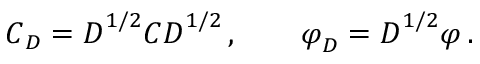
\boldsymbol C _ { D } = \boldsymbol D ^ { 1 / 2 } \boldsymbol C \boldsymbol D ^ { 1 / 2 } \, , \qquad \boldsymbol \varphi _ { D } = \boldsymbol D ^ { 1 / 2 } \boldsymbol \varphi \, .